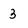
Character: 3